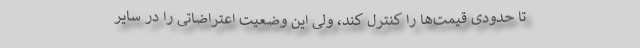
تا حدودی قیمت‌ها را کنترل کند، ولی این وضعیت اعتراضاتی را در سایر